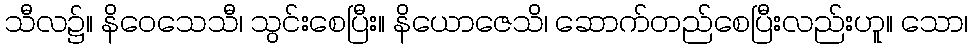
သီလ၌။ နိဝေသေသီ၊ သွင်းစေပြီး။ နိယောဇေသိ၊ ဆောက်တည်စေပြီးလည်းဟူ။ သော၊